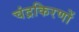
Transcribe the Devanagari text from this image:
चंद्रकिरणों